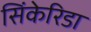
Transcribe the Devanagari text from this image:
सिंकेरिडा